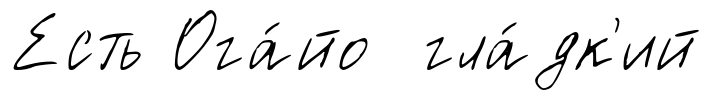
Есть Ога́йо гла́дк'ий